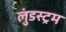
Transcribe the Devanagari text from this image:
लुंडस्ट्रम